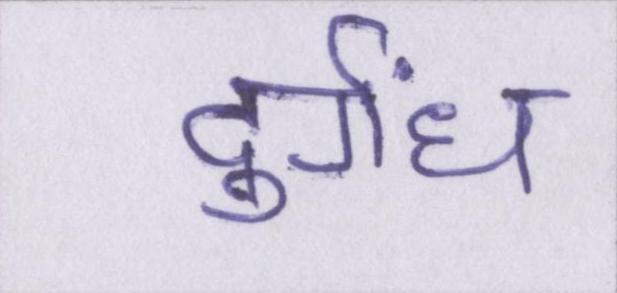
दुर्गंध